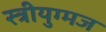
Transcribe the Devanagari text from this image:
स्त्रीयुग्मज